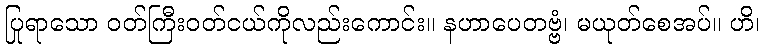
ပြုရာသော ဝတ်ကြီးဝတ်ငယ်ကိုလည်းကောင်း။ နဟာပေတဗ္ဗံ၊ မယုတ်စေအပ်။ ဟိ၊